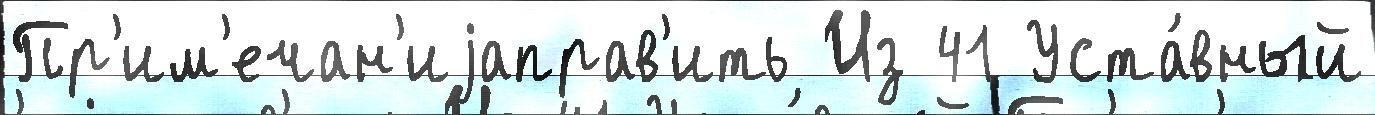
Пр'им'ечан'иjаправ'ить Из 41 Уста́вный